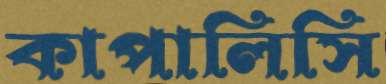
কাপালিসি